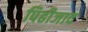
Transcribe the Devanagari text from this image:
पिढीजाद